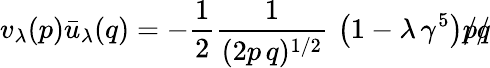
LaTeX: v_{\lambda}(p){\bar{u}}_{\lambda}(q)=-\frac{1}{2}{\frac{1}{(2p\, q)^{1/2}}}\, \left(1-\lambda\, \gamma^{5}\right)p\llap{/}q\llap{/}